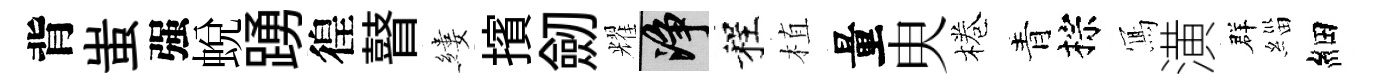
背蚩强蛻踴徨瞽縷擯劒耀净程植量㬰棬青棕𭂁潢群緇細